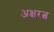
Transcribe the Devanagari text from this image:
अक्षरत्व